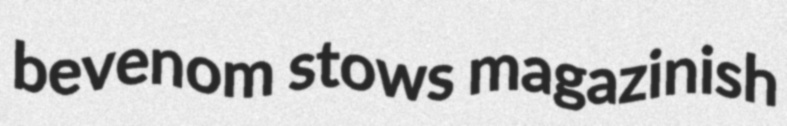
bevenom stows magazinish